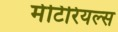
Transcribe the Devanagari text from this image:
मेटिरियल्स